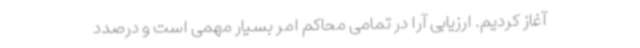
آغاز کردیم. ارزیابی آرا در تمامی محاکم امر بسیار مهمی است و درصدد